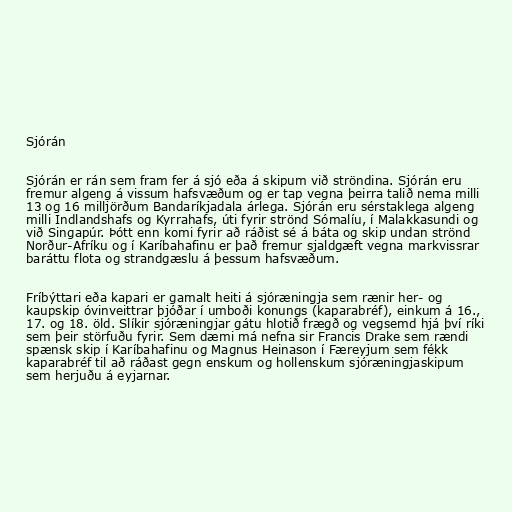
Sjórán

Sjórán er rán sem fram fer á sjó eða á skipum við ströndina. Sjórán eru
fremur algeng á vissum hafsvæðum og er tap vegna þeirra talið nema milli
13 og 16 milljörðum Bandaríkjadala árlega. Sjórán eru sérstaklega algeng
milli Indlandshafs og Kyrrahafs, úti fyrir strönd Sómalíu, í Malakkasundi og
við Singapúr. Þótt enn komi fyrir að ráðist sé á báta og skip undan strönd
Norður-Afríku og í Karíbahafinu er það fremur sjaldgæft vegna markvissrar
baráttu flota og strandgæslu á þessum hafsvæðum.

Fríbýttari eða kapari er gamalt heiti á sjóræningja sem rænir her- og
kaupskip óvinveittrar þjóðar í umboði konungs (kaparabréf), einkum á 16.,
17. og 18. öld. Slíkir sjóræningjar gátu hlotið frægð og vegsemd hjá því ríki
sem þeir störfuðu fyrir. Sem dæmi má nefna sir Francis Drake sem rændi
spænsk skip í Karíbahafinu og Magnus Heinason í Færeyjum sem fékk
kaparabréf til að ráðast gegn enskum og hollenskum sjóræningjaskipum
sem herjuðu á eyjarnar.